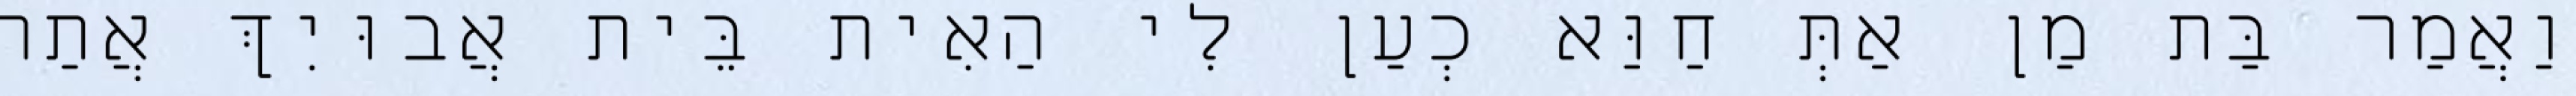
וַאֲמַר בַּת מַן אַתְּ חַוַּא כְעַן לִי הַאִית בֵּית אֲבוּיִךְ אֲתַר